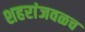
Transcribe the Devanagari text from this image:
शहरांजवळच